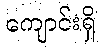
ကျောင်းရှိ